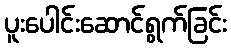
ပူးပေါင်းဆောင်ရွက်ခြင်း